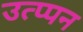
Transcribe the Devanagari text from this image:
उत्प्पन